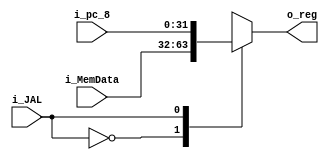
`timescale 1ns / 1ps

module WB_Mux_Write_data
    #(
        parameter NBITS = 32
    )
    (
        input   wire                          i_JAL,
        input   wire     [NBITS-1      :0]    i_MemData,
        input   wire     [NBITS-1      :0]    i_pc_8,
        output  wire     [NBITS-1      :0]    o_reg                 
    );

    reg [NBITS-1  :0]   to_Reg;


    always @(*)
    begin
        case(i_JAL)
            1'b0:   to_Reg  <=  i_MemData;   
            1'b1:   to_Reg  <=  i_pc_8;
        endcase
    end

    assign  o_reg   =   to_Reg;

endmodule